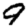
Digit: 9